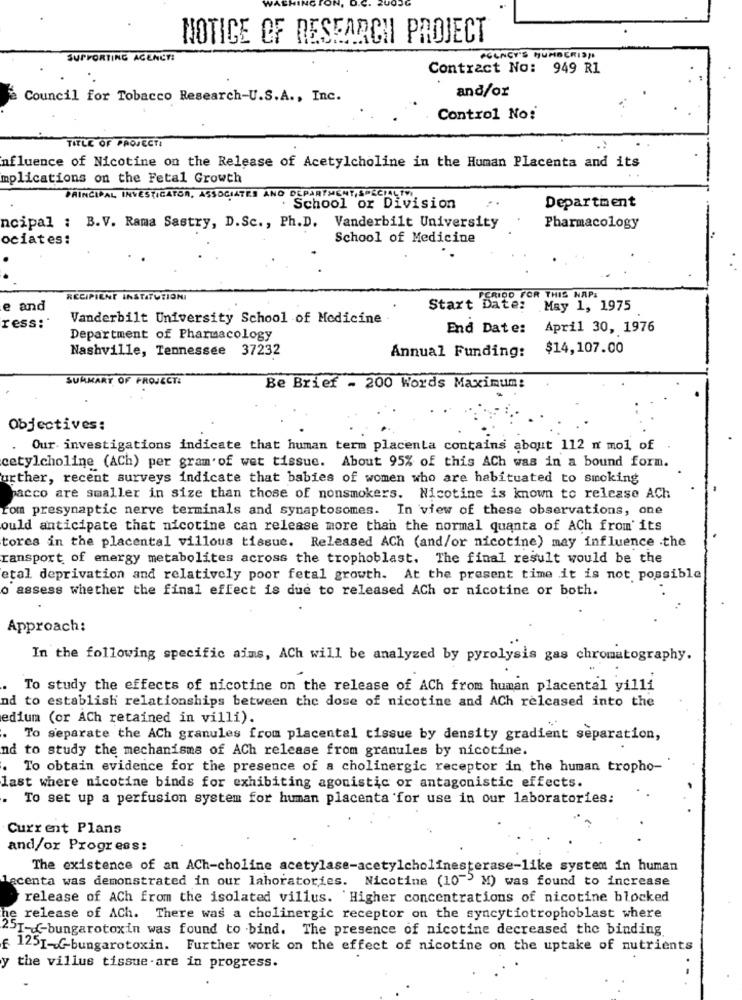
NOTICE OF RESEARCH PROJECT
SUPPORTING AGENCY:
AGENCY'S NUMBERIS !!
Contract No: 949 R1
and/or
Council for Tobacco Research-U.S.A ., Inc.
Control No:
TITLE OF PROJECT:
nfluence of Nicotine on the Release of Acetylcholine in the Human Placenta and its
mplications on the Fetal Growth
PRINCIPAL INVESTIGATOR, ASSOCIATES ANO DEPARTMENT, SPECIALTY
Department
School or Division
ncipal : B.V. Rama Sastry, D.Sc ., Ph.D. Vanderbilt University
Pharmacology
ociates:
School of Medicine
RECIPIENT INSTITUTIONI
PERIOD FOR THIS NAPS
e and
Start Date: May 1, 1975
ress:"
Vanderbilt University School of Medicine .
End Date: April 30, 1976
Department of Pharmacology
Nashville, Tennessee 37232
Annual Funding: $14,107.00
SUMMARY OF PROJECT:
Be Brief - 200 Words Maximum:
Objectives:
Our investigations indicate that human term placenta contains about 112 n mol of
cetylcholine (ACh) per gram of wet tissue. About 95% of this ACh was in a bound form.
urther, recent surveys indicate that babies of women who are habituated to smoking
pacco are smaller in size than those of nonsmokers. Nicotine is known to release ACh
rom presynaptic nerve terminals and synaptosomes. In view of these observations, one
ould anticipate that nicotine can release more than the normal quanta of ACh from' its
tores in the placental villous tissue. Released ACh (and/or nicotine) may influence .the
ransport of energy metabolites across the trophoblast. The final result would be the
etal deprivation and relatively poor fetal growth. At the present time it is not possible
o assess whether the final effect is due to released ACh or nicotine or both.
Approach:
In the following specific aims, ACh will be analyzed by pyrolysis gas chromatography.
To study the effects of nicotine on the release of ACh from human placental yilli
nd to establish relationships between the dose of nicotine and ACh relcased into the
edium (or ACh retained in villi).
To separate the ACh granules from placental tissue by density gradient separation,
nd to study the mechanisms of ACh release from granules by nicotine.
To obtain evidence for the presence of a cholinergic receptor in the human tropho-
last where nicotine binds for exhibiting agonistic or antagonistic effects.
To set up a perfusion system for human placenta for use in our laboratories:
Current Plans
and/or Progress:
The existence of an ACh-choline acetylase-acetylcholinesterase-like system in human
lacenta was demonstrated in our laboratories. Nicotine (10-) M) was found to increase
release of ACh from the isolated villus. Higher concentrations of nicotine blocked
he release of ACh. There was a cholinergic receptor on the syncytiotrophoblast where
2ST -- bungarotoxin was found to bind. The presence of nicotine decreased the binding
f 1251-G-bungarotoxin. Further work on the effect of nicotine on the uptake of nutrients
y
the villus tissue-are in progress.